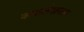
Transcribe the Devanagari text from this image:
कथालेखनास